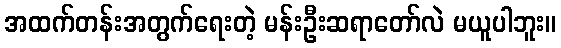
အထက်တန်းအတွက်ရေးတဲ့ မန်းဦးဆရာတော်လဲ မယူပါဘူး။